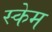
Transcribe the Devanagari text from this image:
स्केम